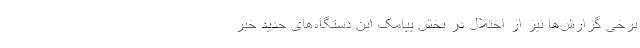
برخی گزارش‌ها نیز از اختلال در بخش پیامک این دستگاه‌های جدید خبر